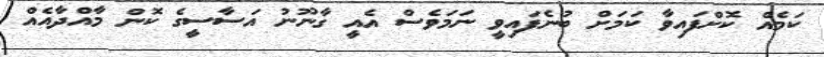
ކަމެއް ކޮށްފައިވާ ކަމަށް ބުނެފައިވީ ނަމަވެސް އެއީ ގާނޫނު އަސާސީގެ ކޮން މާއްދާއެއް